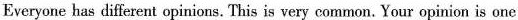
Everyone has different opinions. This is very common. Your opinion is one